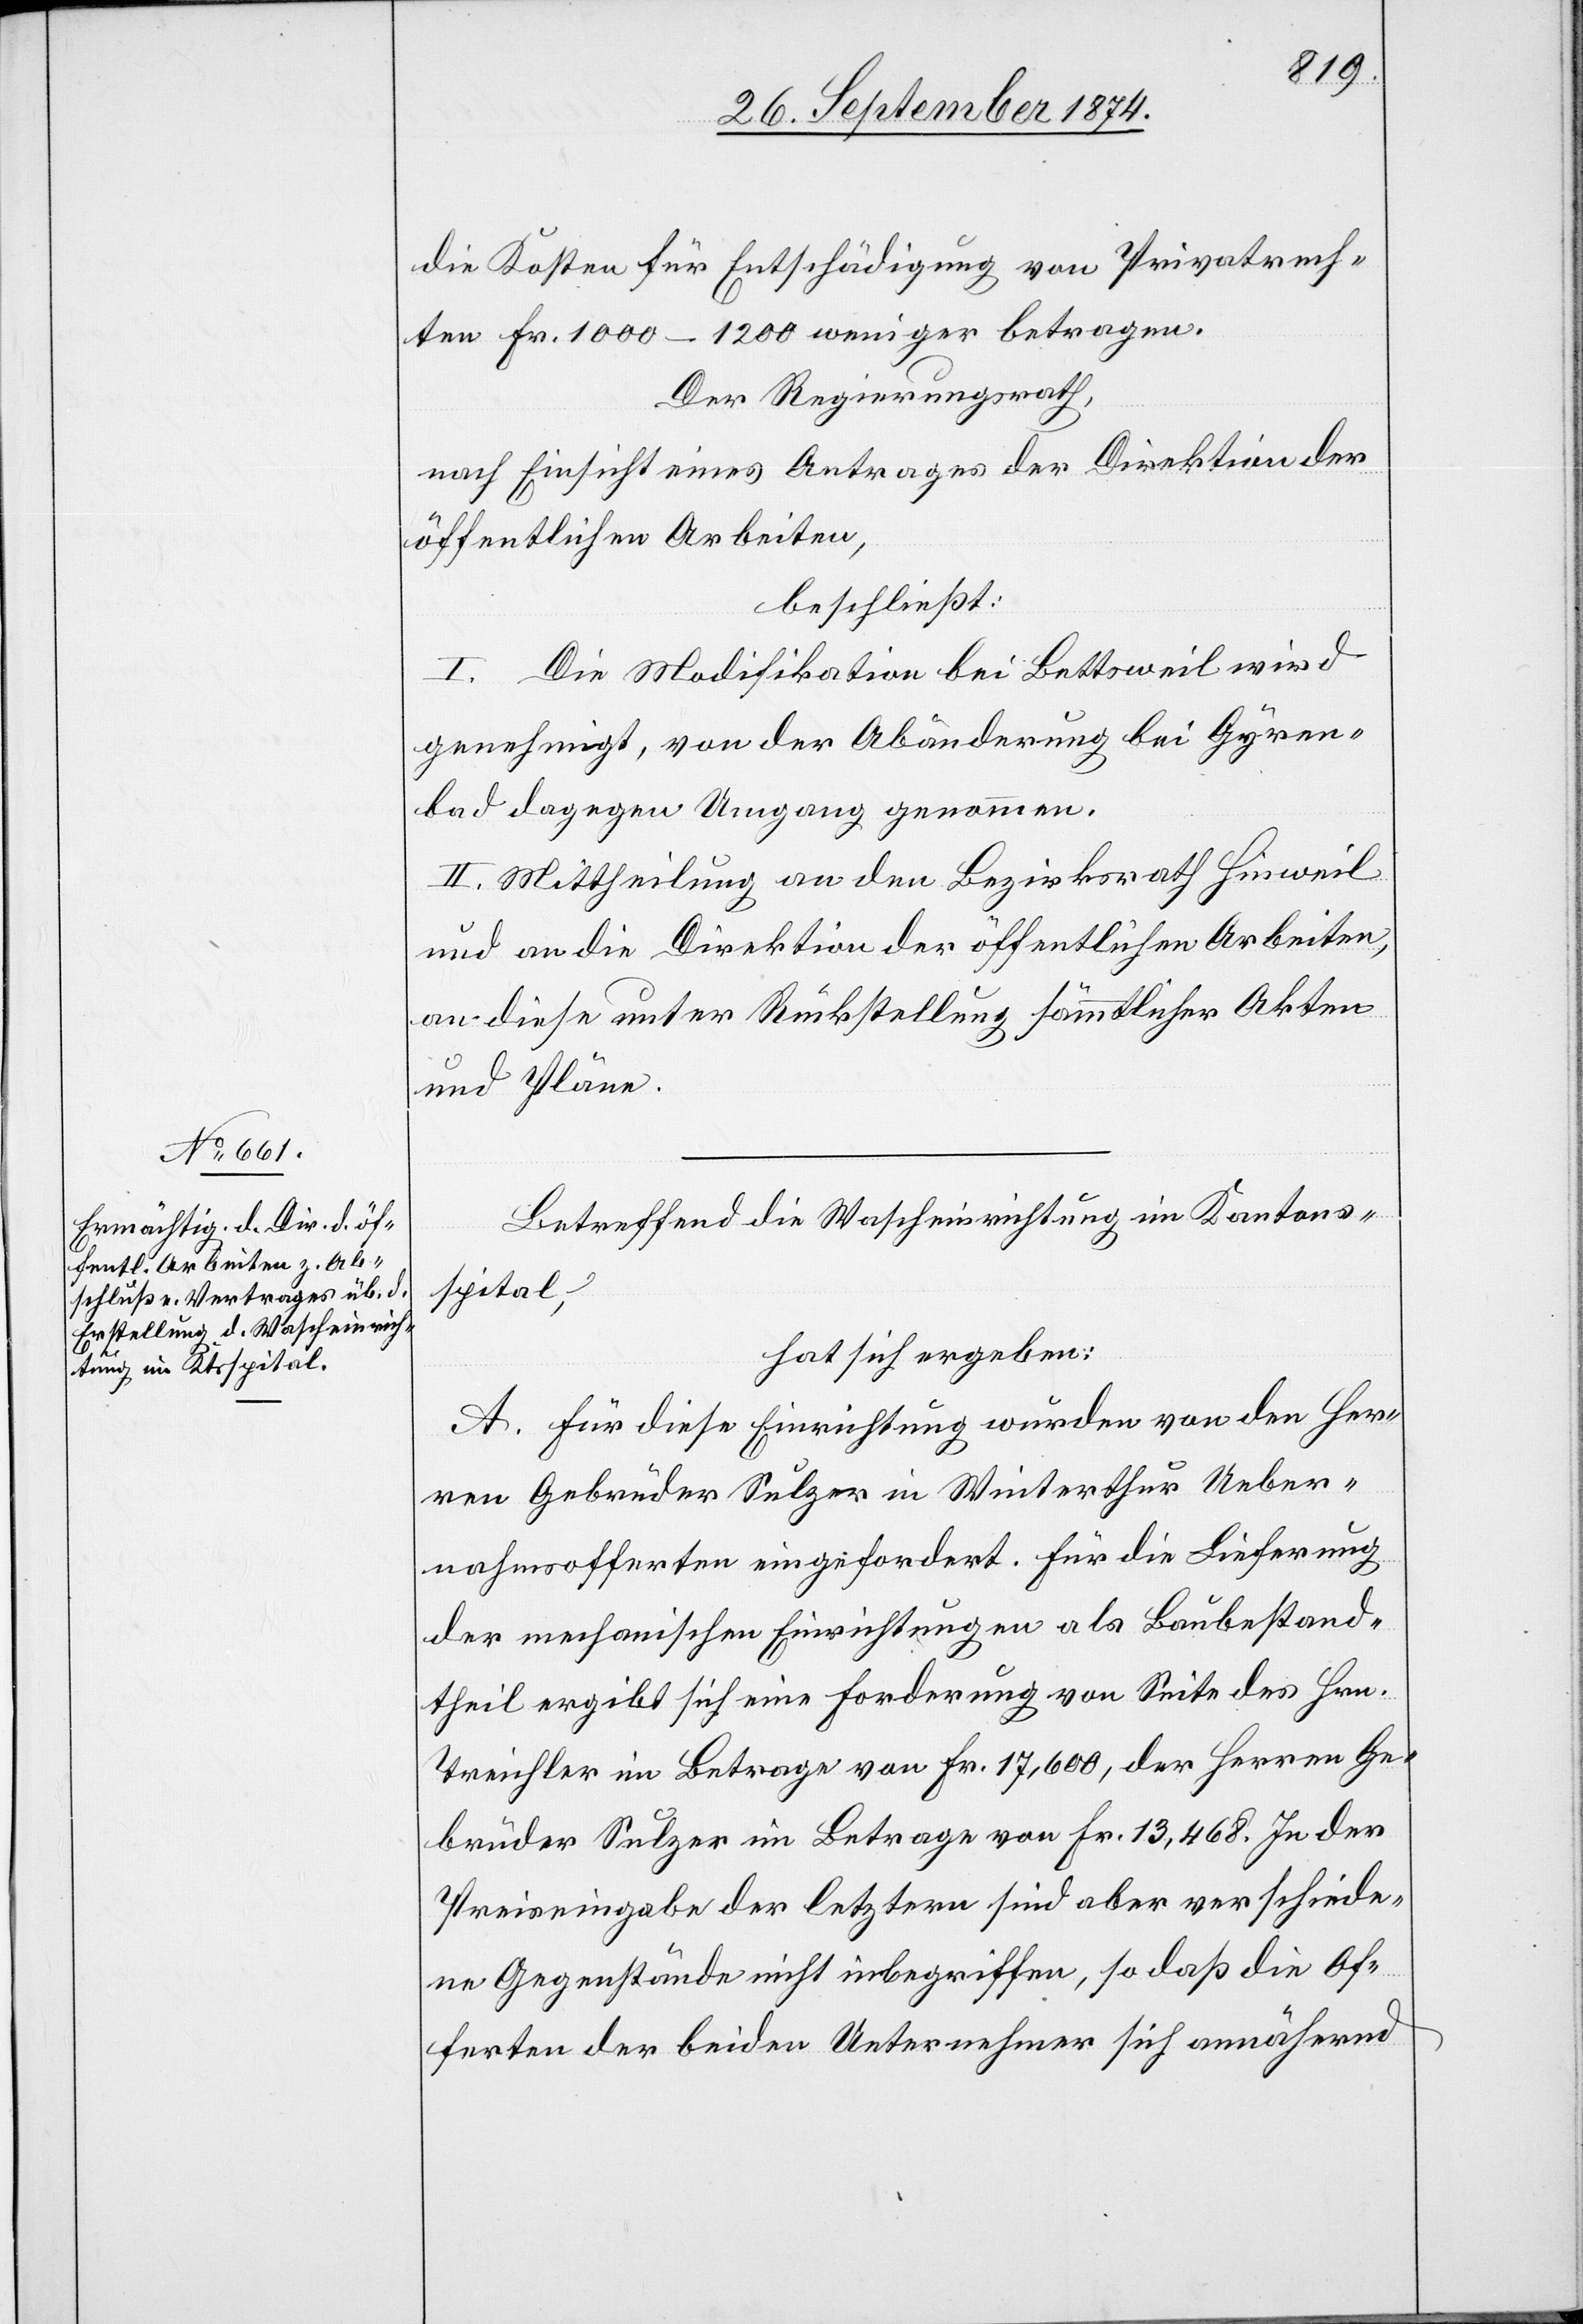
die Kosten für Entschädigung von Privatrech¬
ten Fr. 1000–1200 weniger betragen.
Der Regierungsrath,
nach Einsicht eines Antrages der Direktion der
öffentlichen Arbeiten,
beschließt:
I. Die Modifikation bei Bettsweil wird
genehmigt, von der Abänderung bei Gyren¬
bad dagegen Umgang genommen.
II. Mittheilung an den Bezirksrath Hinweil
und an die Direktion der öffentlichen Arbeiten,
an diese unter Rückstellung sämmtlicher Akten
und Pläne.
Betreffend die Wascheinrichtung im Kantons¬
spital,
hat sich ergeben:
A. Für diese Einrichtung wurden von den Her¬
ren Gebrüder Sulzer in Winterthur Ueber¬
nahmsofferten eingefordert. Für die Lieferung
der mechanischen Einrichtungen als Baubestand¬
theil ergibt sich eine Forderung von Seite des Hrn.
Treichler im Betrage von Fr. 17,600, der Herren Ge¬
brüder Sulzer im Betrage von Fr. 13,468. In der
Preiseingabe der letztern sind aber verschiede¬
ne Gegenstände nicht inbegriffen, so daß die Of¬
ferten der beiden Unternehmen sich annähernd